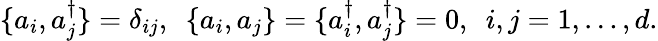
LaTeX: \{ a_{i},a_{j}^{\dagger}\} =\delta_{ij},~~\{ a_{i},a_{j}\} =\{ a_{i}^{\dagger},a_{j}^{\dagger}\} =0,~~i,j=1,\ldots,d.